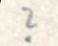
?